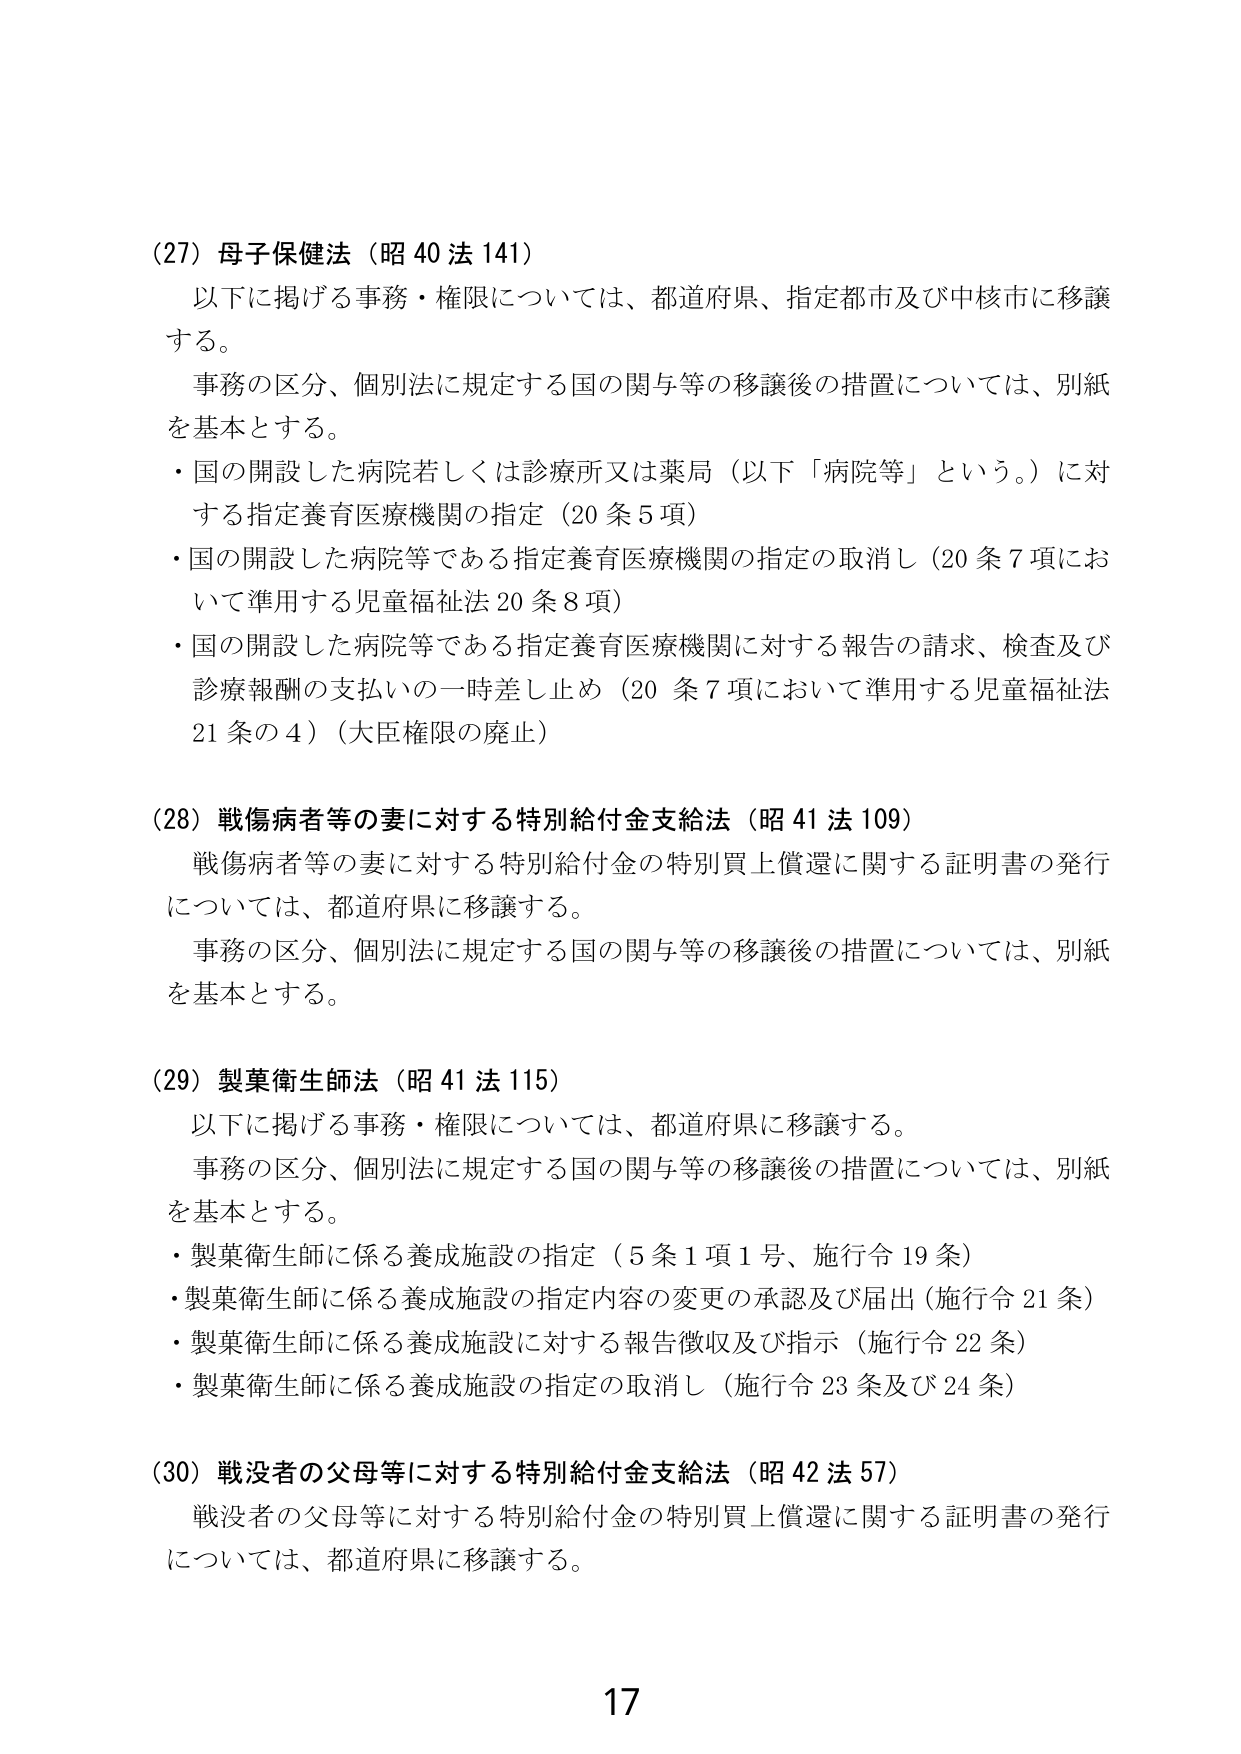
(27) 母子保健法（昭40法141）
以下に掲げる事務・権限については、都道府県、指定都市及び中核市に移譲する。
事務の区分、個別法に規定する国の関与等の移譲後の措置については、別紙を基本とする。
・国の開設した病院若しくは診療所又は薬局（以下「病院等」という。）に対する指定養育医療機関の指定（20条5項）
・国の開設した病院等である指定養育医療機関の指定の取消し（20条7項において準用する児童福祉法20条8項）
・国の開設した病院等である指定養育医療機関に対する報告の請求、検査及び診療報酬の支払いの一時差し止め（20条7項において準用する児童福祉法21条の4）（大臣権限の廃止）

(28) 戦傷病者等の妻に対する特別給付金支給法（昭41法109）
戦傷病者等の妻に対する特別給付金の特別買上償還に関する証明書の発行については、都道府県に移譲する。
事務の区分、個別法に規定する国の関与等の移譲後の措置については、別紙を基本とする。

(29) 製薬衛生師法（昭41法115）
以下に掲げる事務・権限については、都道府県に移譲する。
事務の区分、個別法に規定する国の関与等の移譲後の措置については、別紙を基本とする。
・製薬衛生師に係る養成施設の指定（5条1項1号、施行令19条）
・製薬衛生師に係る養成施設の指定内容の変更の承認及び届出（施行令21条）
・製薬衛生師に係る養成施設に対する報告徴収及び指示（施行令22条）
・製薬衛生師に係る養成施設の指定の取消し（施行令23条及び24条）

(30) 戦没者の父母等に対する特別給付金支給法（昭42法57）
戦没者の父母等に対する特別給付金の特別買上償還に関する証明書の発行については、都道府県に移譲する。

17